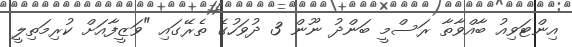
އިންޓަވިއު ބާއްވާތާ ރަސްމީ ބަންދު ނޫން 3 ދުވަހުގެ ތެރޭގައި "ވަޒީފާއަށް ކުރިމަތިލީ